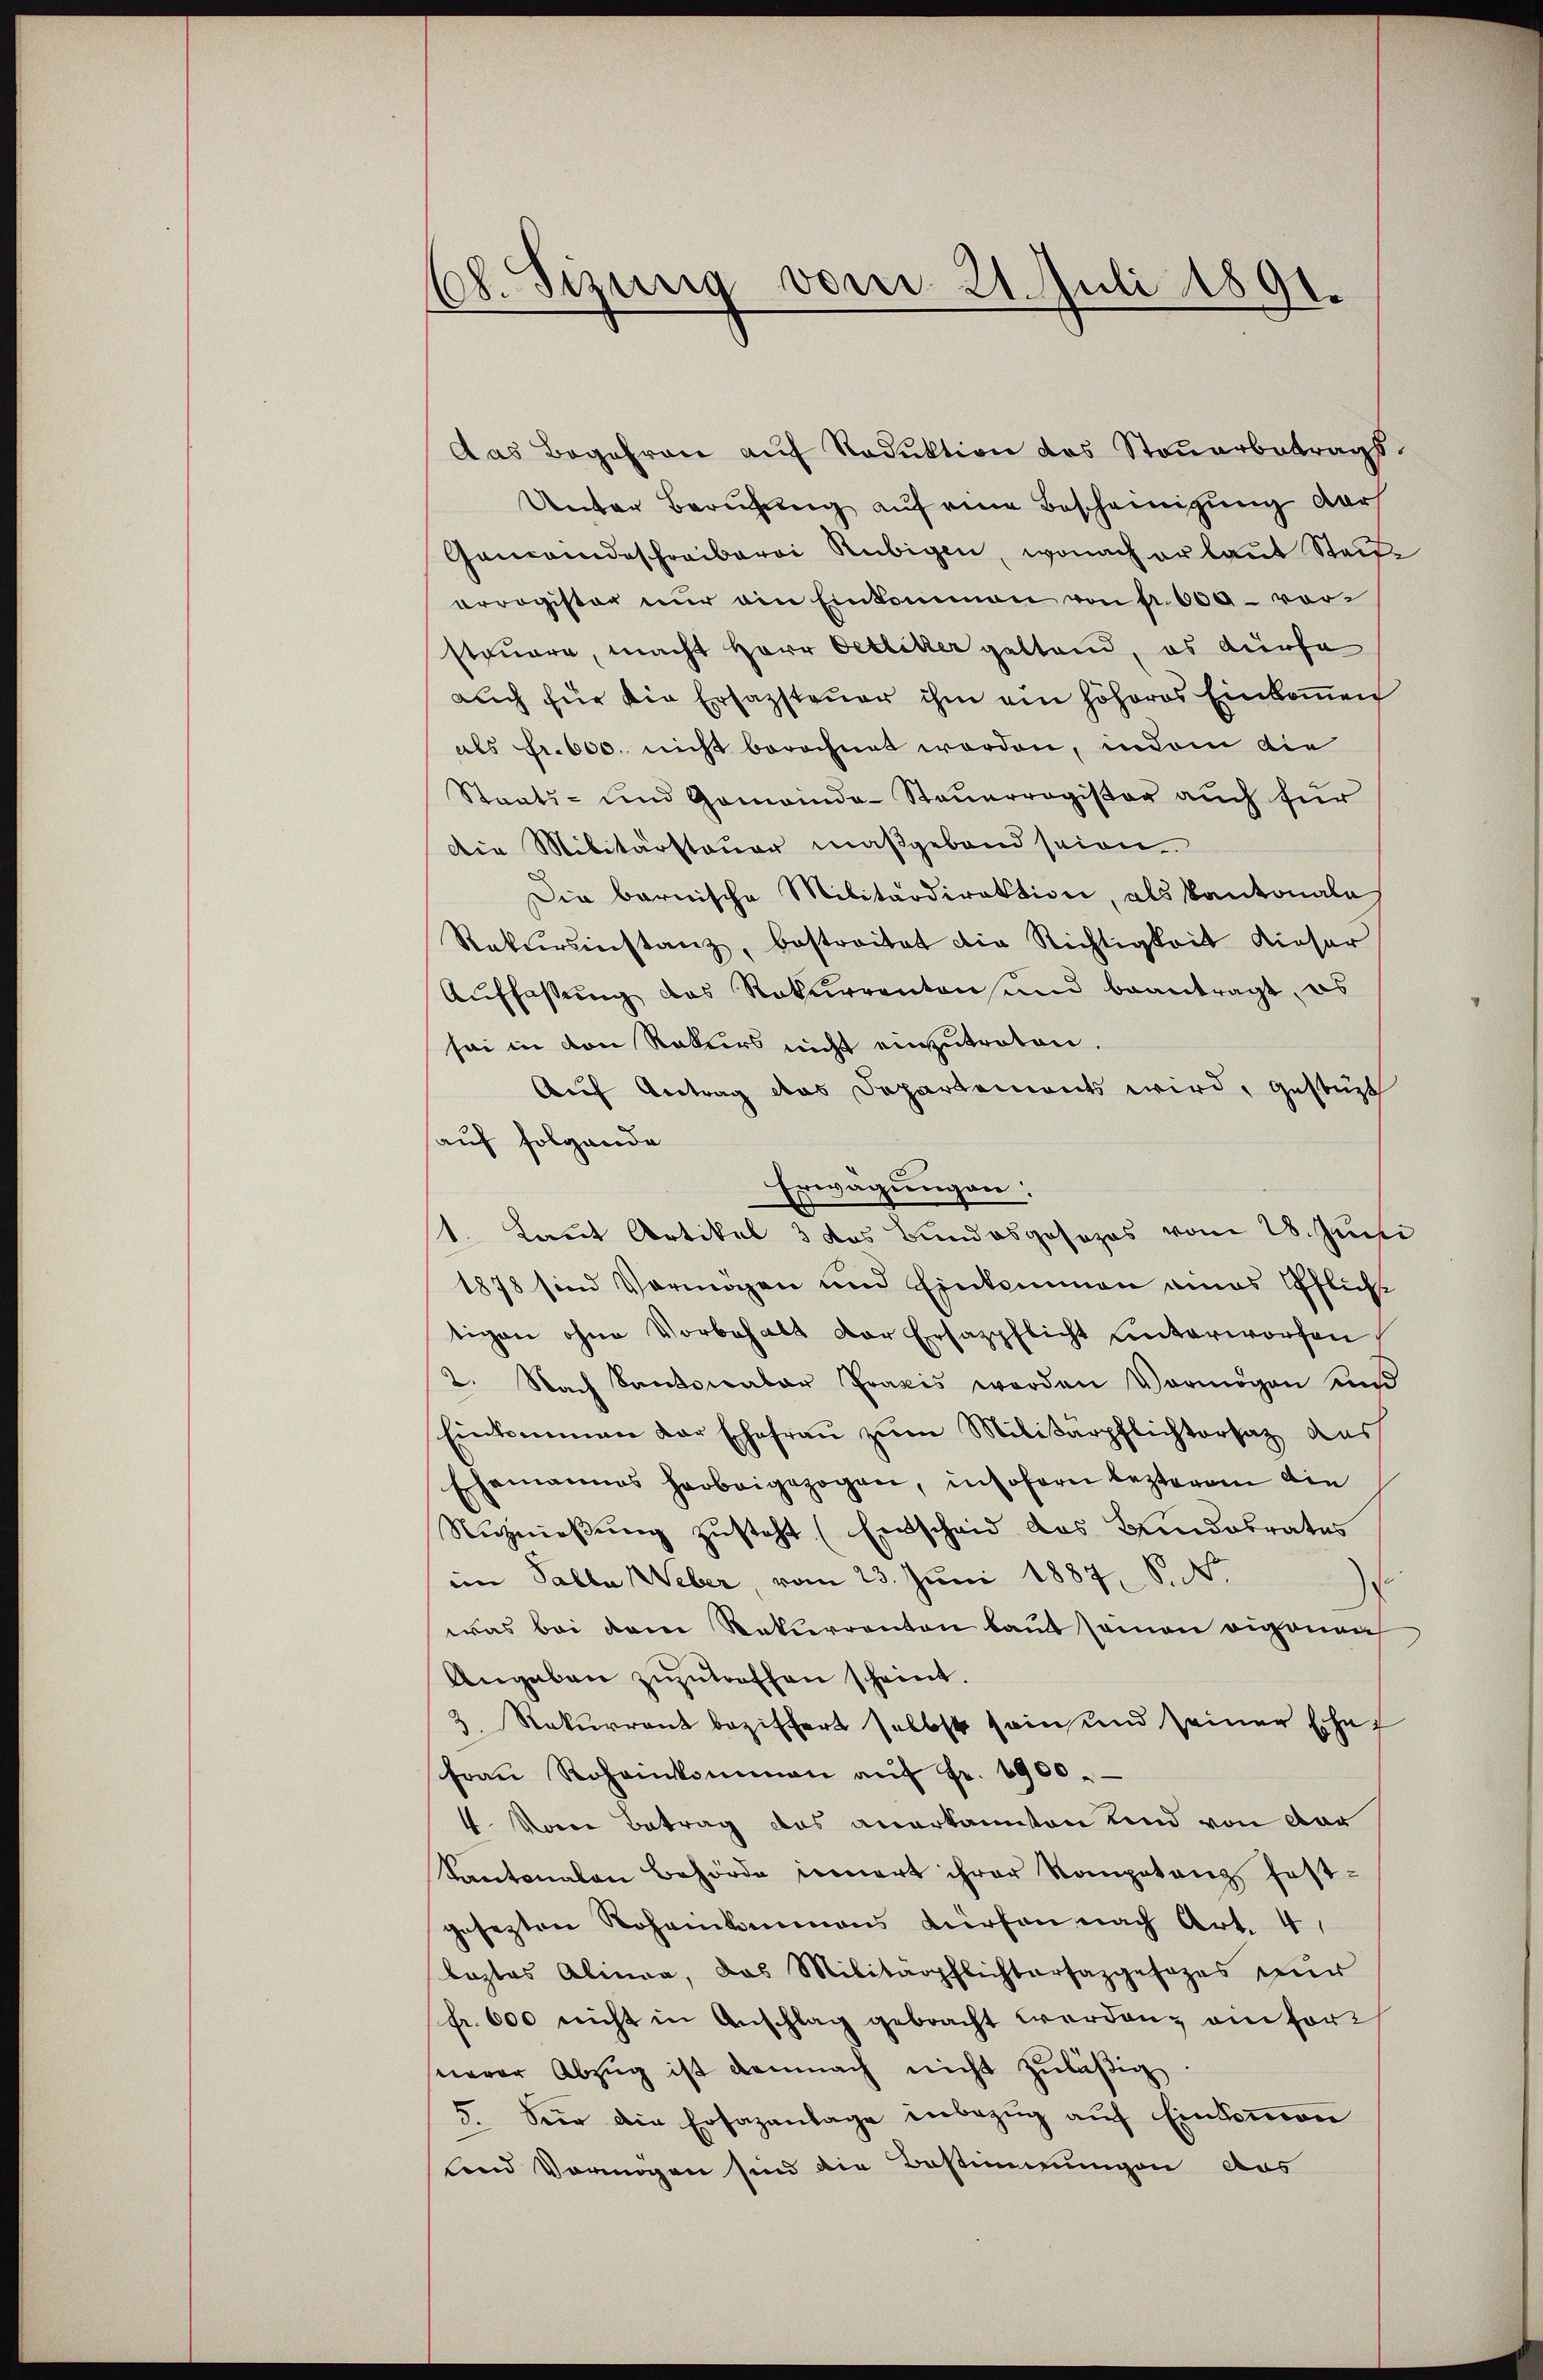
68. Sizung vom 21. Juli 1891.

das Begehren auf Reduktion das Steuerbetrags¬
Unter Berufung auf eine Bescheinigung darf
Gemeindeschreiberei Rubigen, wonach erlaut Steife
orragister nŭr ain Einkommen von Fr. 600 vorsteuere, macht Herr Oetliker gestand, es dürfe
auch für die Ersazsteuer ihm ein höheres Einkommen
als Fr. 600. nicht berechnet worden, indem die
Staats- und Gemeinda-Steuerregister auch für
Die Militärstauer maßgebend seien.
Die barnische Militärdirektion, als Kantonala
Rekursinstanz, bestreitet die Richtigkeit dieser
Auffassung des Rekurrenten und beantragt, es
sei in den Rekurs nicht einzutreten.
Auf Antrag das Departements wird, gestüzt
auf folgende
Erwägungen:
st. Laut Artikel 3 das Bundesgesezes vom 28. Juni
1878 sind Vermögen und Einkommen eines Pflicht
tigen ohne Vorbehalt der Ersazpflicht unterworfen
2. Nach Santonaler Praxis werden Vermögen und
Einkommen der Ehefrau zum Militärpflichtersatz das
Ehemannes herbeigezogen, insofern besterren die
Nuznießung zusteht. (Entscheid des Bundobrates
i Salla Weber, vom 23. Juni 1887, S. Nr.
¬
was bei dem Rekurrenten baut seinen eigenau
Angaben zuzutreffen scheint.
2. Rekurrent beziffert selbst sein und seiner Ehef
fraŭ Roheinkommen aŭf fr. 1900.
4. Voren Betrag das anerkannten Kind von der
Kantonalen Behörde innert ihrer Kompetenz fest-
gesezten Roheikommens dürfen nach Art. 4,
laztas Alinea, das Militärpflichtersazgesezes nur
fr. 600 nicht in Anschlag gebracht werden, ein fort
nerer Abzug ist demnach nicht zuläßig
5. Für die Ersazanlage inbezŭg aŭf Einkommen
lend Vermögen sinn die Bestimmungen aus